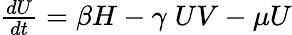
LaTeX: \begin{array}{r}{\frac{dU}{dt}=\beta H-\gamma\; UV-\mu U}\end{array}